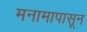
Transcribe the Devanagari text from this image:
मनामापासून